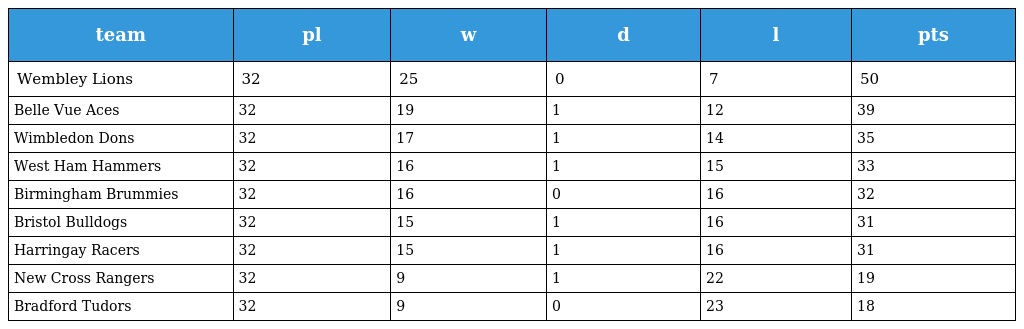
| team | pl | w | d | l | pts |
 | --- | --- | --- | --- | --- | --- |
 | Wembley Lions | 32 | 25 | 0 | 7 | 50 |
 | Belle Vue Aces | 32 | 19 | 1 | 12 | 39 |
 | Wimbledon Dons | 32 | 17 | 1 | 14 | 35 |
 | West Ham Hammers | 32 | 16 | 1 | 15 | 33 |
 | Birmingham Brummies | 32 | 16 | 0 | 16 | 32 |
 | Bristol Bulldogs | 32 | 15 | 1 | 16 | 31 |
 | Harringay Racers | 32 | 15 | 1 | 16 | 31 |
 | New Cross Rangers | 32 | 9 | 1 | 22 | 19 |
 | Bradford Tudors | 32 | 9 | 0 | 23 | 18 |